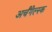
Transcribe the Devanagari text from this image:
अर्चँगेल्स्क